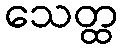
သေတ္ထ